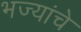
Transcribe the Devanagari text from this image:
भज्यांचे